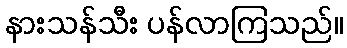
နားသန်သီး ပန်လာကြသည်။